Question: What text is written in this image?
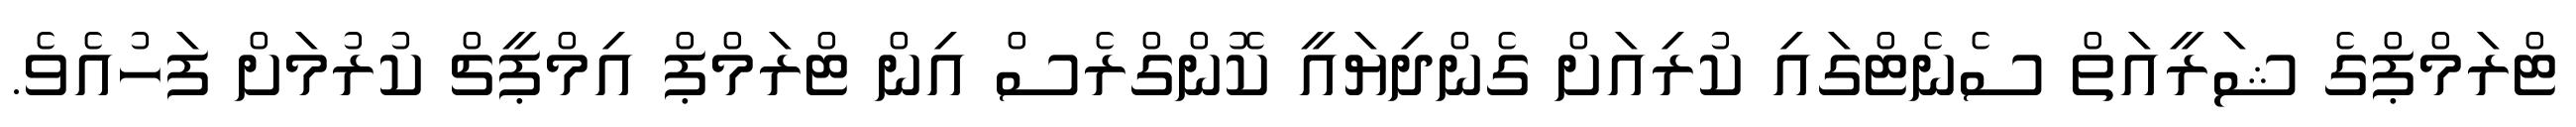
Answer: ޓްރަމްޕްގެ ޝަރީއަތް ސެނެޓްގައި ކުރިއަށް ގެންދިޔައީ ކޮންގްރެސް އިން ޓްރަމްޕް އިމްޕީޗް ކުރުމަށް ފަހުއެވެ.